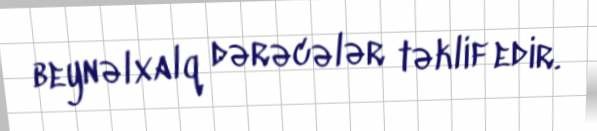
beynəlxalq dərəcələr təklif edir.